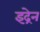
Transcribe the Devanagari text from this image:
इद्रेन